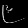
Digit: ၉